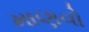
માણવો